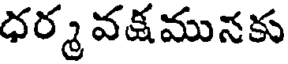
ధర్మ వక్షమునకు